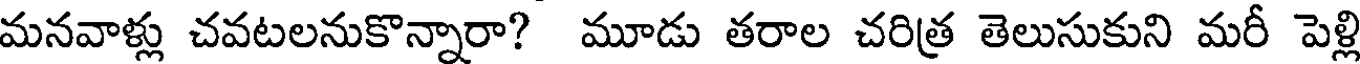
మనవాళ్లు చవటలనుకొన్నారా? మూడు తరాల చరిత్ర తెలుసుకుని మరీ పెళ్లి